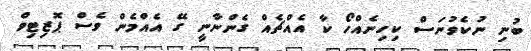
ބުނި ނުކެވުނަސް ކިހިނެއްހޯ ކާ އެއްޗެއް ގެންނާނީ ގޭ އެއްމެން ވެސް ޕޮޒިޓިވް